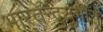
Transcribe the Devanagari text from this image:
भारतेन्दुयुगीन